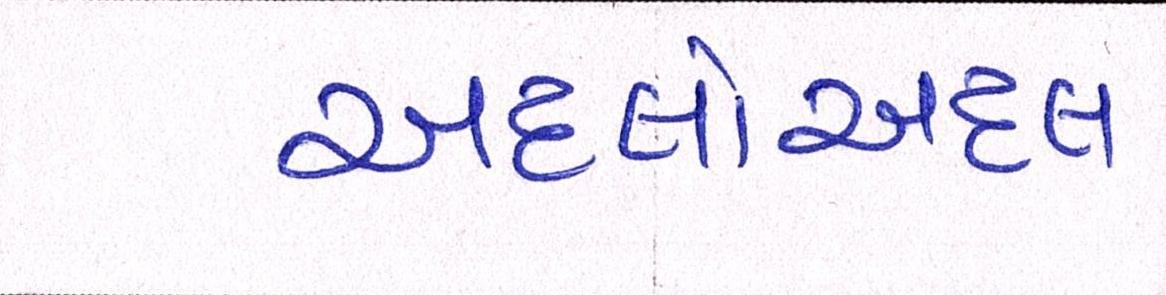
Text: અદલોઅદલ